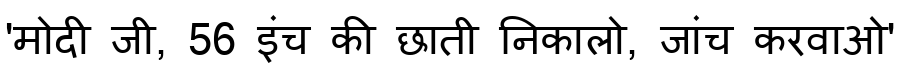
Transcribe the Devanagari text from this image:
'मोदी जी, 56 इंच की छाती निकालो, जांच करवाओ'